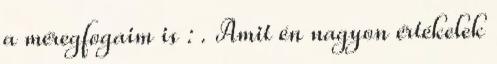
a méregfogaim is : . Amit én nagyon értékelek